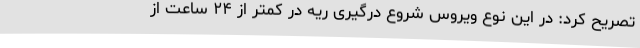
تصریح کرد: در این نوع ویروس شروع درگیری ریه در کمتر از ۲۴ ساعت از